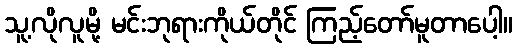
သူ့လိုလူမို့ မင်းဘုရားကိုယ်တိုင် ကြည့်တော်မူတာပေါ့။